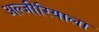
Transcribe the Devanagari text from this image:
अल्जीरियाला